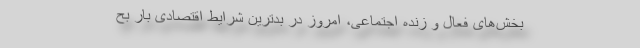
بخش‌های فعال و زنده اجتماعی، امروز در بدترین شرایط اقتصادی بار بح